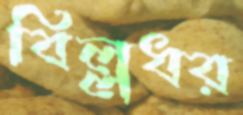
বিল্লধর